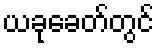
ယခုခေတ်တွင်